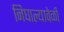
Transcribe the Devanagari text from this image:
निघाल्यावेळी